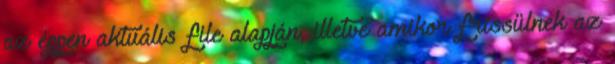
az éppen aktuális file alapján, illetve amikor frissülnek az